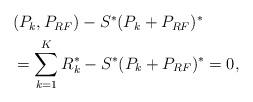
LaTeX: \begin{align*}\begin{aligned}&(P_k, P_{RF}) - S^* (P_k + P_{RF})^* \\& = \sum_{k=1}^{K} R_{k}^* - S^* (P_k + P_{RF})^* = 0,\end{aligned}\end{align*}